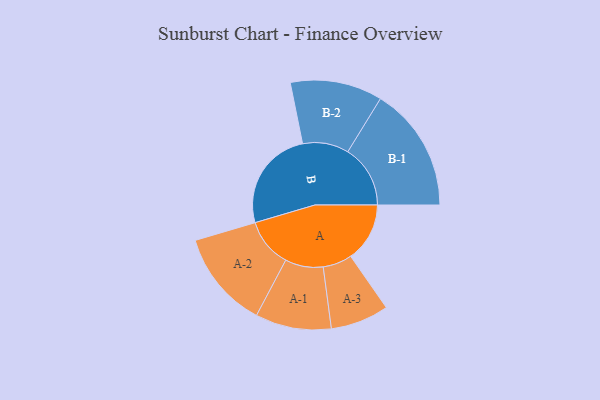
{"axis": {"x": "Segment", "y": "Value"}, "legend": ["", "A", "B"], "data": [{"x": "A", "y": 255, "type": ""}, {"x": "B", "y": 439, "type": ""}, {"x": "A-1", "y": 164, "type": "A"}, {"x": "A-2", "y": 211, "type": "A"}, {"x": "A-3", "y": 126, "type": "A"}, {"x": "B-1", "y": 270, "type": "B"}, {"x": "B-2", "y": 199, "type": "B"}]}